Vaccination United Provinces of Agra and Oudh 1923-1928 - 1923-1928
Year: 1923
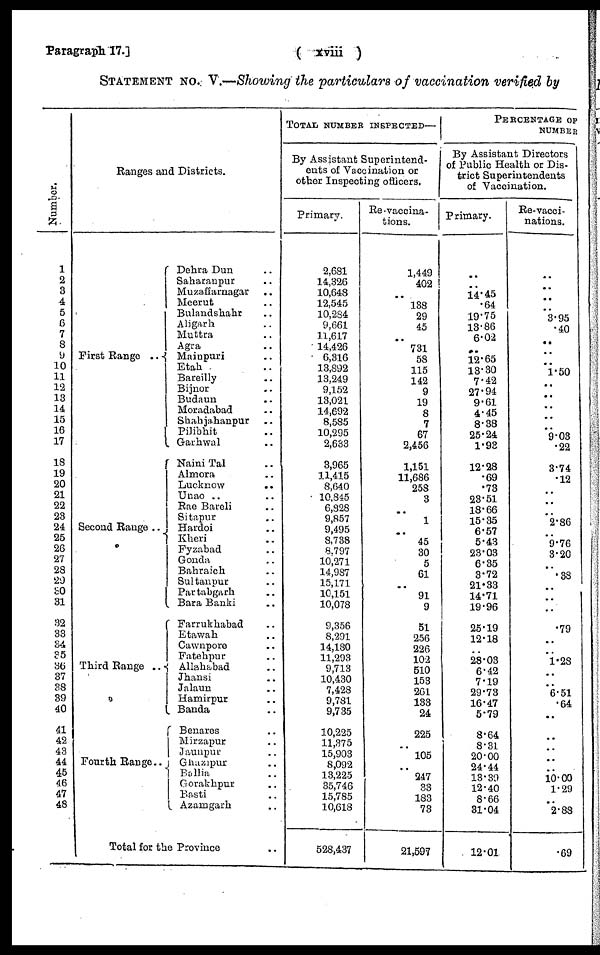
Paragraph 17.]
( xviii )
STATEMENT No. V.—Showing the particulars of vaccination verified by
Number.
1
2
3
4
5
6
7
8
9
10
11
12
13
14
15
16
17
18
19
20
21
22
23
24
25
26
27
28
29
30
31
32
33
34
35
36
37
38
39
40
41
42
43
44
46
46
47
48
Ranges and Districts.
First Range ..
Second Range ..
Third Range ..
Fourth Range.
Dehra Dun ..
Saharanpur ..
Muzaffarnagar ..
Meerut ..
Bulandshahr ..
Aligarh ..
Muttra ..
Agra ..
Mainpuri ..
Etah ..
Bareilly ..
Bijnor ..
Budaun ..
Moradabad ..
Shahjahanpur ..
Pilibhit ..
Garhwal ..
Naini Tal ..
Almora ..
Lucknow ..
Unao .. ..
Rae Bareli ..
Sitapur ..
Hardoi ..
Kheri ..
Fyzabad ..
Gonda ..
Bahraich ..
Sultanpur ..
Partabgarh ..
Bara Banki ..
Farrukhabad ..
Etawah ..
Cawnpore ..
Fatehpur ..
Allahabad ..
Jhansi ..
Jalaun ..
Hamirpur ..
Banda ..
Benares ..
Mirzapur ..
Jaunpur ..
Ghazipur ..
Ballia ..
Gorakhpur ..
Basti ..
Azamgarh ..
Total for the Province ..
TOTAL NUMBER INSPECTED—
By Assistant Superintend-
ents of Vaccination or
other Inspecting officers.
Primary.
2,681
14,326
10,648
12,545
10,284
9,661
11,617
14,426
6,316
13,892
13,249
9,152
13,021
14,692
8,585
10,295
2,633
3,965
11,415
8,640
10,845
6,828
9,857
9,495
8,738
8.797
10,271
14,987
15,171
10,151
10,078
9,356
8,291
14,180
11,293
9,713
10,430
7,428
9,781
9,735
10,225
11,375
15,903
8,092
13,225
35,746
15,785
10,618
528,437
Re-vaccina-
tions.
1,449
402
..
138
29
45
..
731
58
115
142
9
19
8
7
67
2,456
1,151
11,686
258
3
..
1
..
45
30
5
61
..
91
9
51
256
226
102
510
153
261
133
24
225
..
105
..
247
33
183
73
21,597
PERCENTAGE OF
NUMBER
By Assistant Directors
of Public Health or Dis-
trict Superintendents
of Vaccination.
Primary.
..
..
14.45
.64
19.75
13.86
6.02
..
12.65
13.30
7.42
27.94
9.61
4.45
8.38
25.24
1.93
12.28
.69
.73
23.51
18.66
15.35
6.57
5.43
23.03
6.35
3.72
21.33
14.71
19.96
25.19
12.18
..
28.03
6.42
7.19
29.73
16.47
5.79
8.64
8.31
20.00
24.44
13.39
12.40
8.66
31.04
12.01
Re-vacci-
nations.
..
..
..
..
3.95
.40
..
..
..
1.50
..
..
..
..
..
9.03
.22
3.74
.12
..
..
..
2.86
..
9.76
3.20
..
.38
..
..
..
.79
..
..
1.28
..
..
6.51
.64
..
..
..
..
..
10.00
1.29
..
2.88
.69